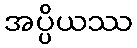
အပ္ပိယဿ